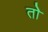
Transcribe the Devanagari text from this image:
तोे